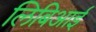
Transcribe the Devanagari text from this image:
लिबिआई